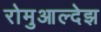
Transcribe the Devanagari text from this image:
रोमुआल्देझ